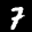
Label: 7